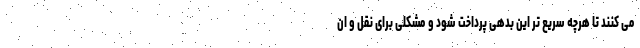
می کنند تا هرچه سریع تر این بدهی پرداخت شود و مشکلی برای نقل و ان